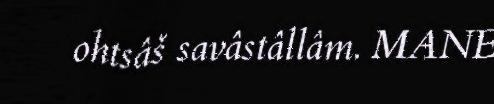
ohtsâš savâstâllâm. MANE